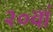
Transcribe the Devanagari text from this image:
२०वां